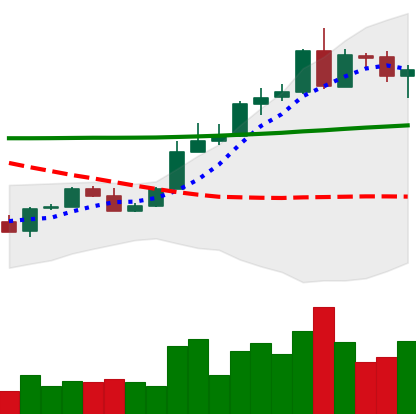
Ticker: ADA-USD
Chart end date: 2020-05-04
Forward return: 4.172%
Label: up_3_5